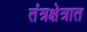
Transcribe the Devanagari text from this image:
तंत्रक्षेत्रात